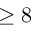
\geq 8